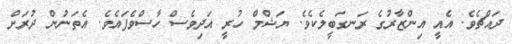
ދައްޗެވެ. އެއީ އިންޒާރުގެ ރަނގަބީލެކެވެ. ޔަޝްމް ހުރީ އަދިވެސް ހާސްވެފައެވެ. އެތަނުން ދުރަށް